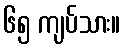
၆၅ ကျပ်သား။